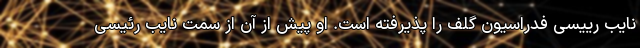
نایب رییسی فدراسیون گلف را پذیرفته است. او پیش از آن از سمت نایب رئیسی